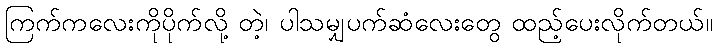
ကြက်ကလေးကိုပိုက်လို့ တဲ့၊ ပါသမျှပက်ဆံလေးတွေ ထည့်ပေးလိုက်တယ်။